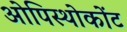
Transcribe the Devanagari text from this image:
ओपिस्थोकोंट